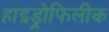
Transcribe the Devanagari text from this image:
हाइड्रोफिलीक